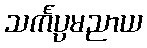
သင်္ကပ္ပမညာယ